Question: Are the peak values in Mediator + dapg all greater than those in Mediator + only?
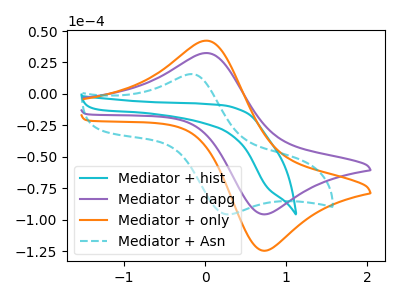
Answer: <think>The cyan curve "Mediator + hist" has no peaks. The purple curve "Mediator + dapg" has an anodic peak at (0.00V, 32.50uA) and a cathodic peak at (0.70V, -95.40uA). The orange curve "Mediator + only" has an anodic peak at (0.00V, 42.35uA) and a cathodic peak at (0.70V, -124.20uA). The cyan dashed curve "Mediator + Asn" has an anodic peak at (-0.15V, 15.80uA) and a cathodic peak at (0.25V, -95.70uA).</think>
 <answer>Every peak in "Mediator + dapg" is lower than every peak in "Mediator + only".</answer>
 <eval>lower</eval>